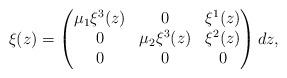
LaTeX: \begin{align*} \xi(z) = \begin{pmatrix} \mu_1 \xi^3(z) & 0 & \xi^1(z) \\ 0 & \mu_2 \xi^3(z) & \xi^2(z) \\ 0 & 0 & 0 \\ \end{pmatrix} dz,\end{align*}